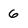
Character: 6